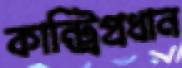
কান্ট্রিপ্রধান